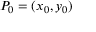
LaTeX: P _ { 0 } = ( x _ { 0 } , y _ { 0 } )